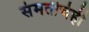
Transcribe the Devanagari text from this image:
संमतीचेही